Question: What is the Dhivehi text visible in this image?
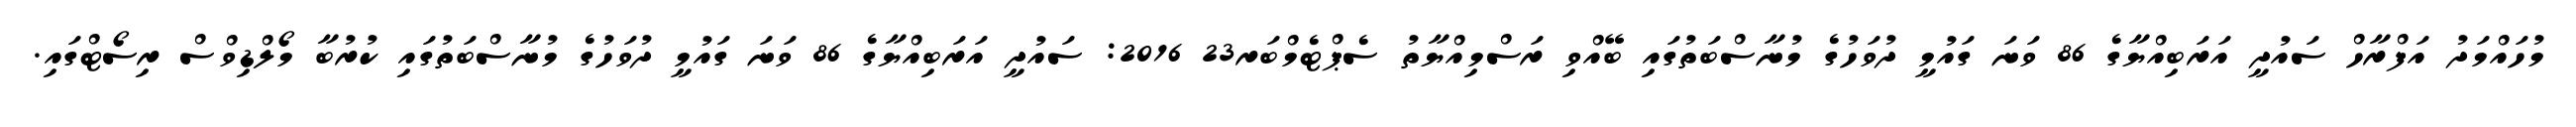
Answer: މުހައްމަދު އަފްރާހް ސައުދީ އަރަބިއްޔާގެ 86 ވަނަ ގައުމީ ދުވަހުގެ މުނާސްބަތުގައި ބޭއްވި ރަސްމިއްޔާތު ސެޕްޓެމްބަރ23 2016: ސައުދީ އަރަބިއްޔާގެ 86 ވަނަ ގައުމީ ދުވަހުގެ މުނާސްބަތުގައި ކުރުބާ މޯލްޑިވްސް ރިސޯޓްގައި.